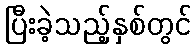
ပြီးခဲ့သည့်နှစ်တွင်